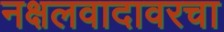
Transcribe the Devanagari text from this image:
नक्षलवादावरचा